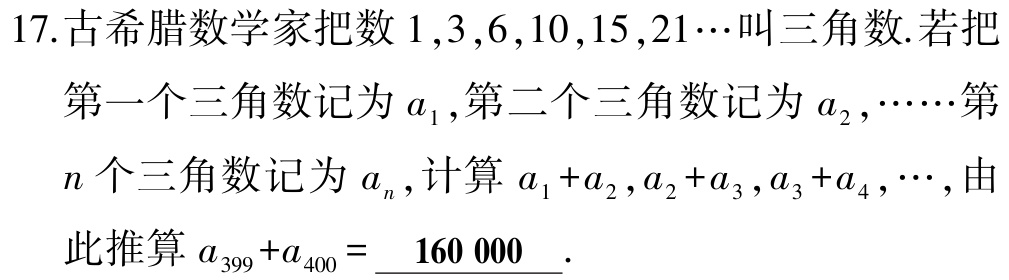
17.古希腊数学家把数\(1,3,6,10,15,21\cdots\)叫三角数.若把

第一个三角数记为\(a_{1}\),第二个三角数记为\(a_{2},\cdots\cdots\)第

\(n\)个三角数记为\(a_{n}\),计算\(a_{1}+a_{2},a_{2}+a_{3},a_{3}+a_{4},\cdots\),由

此推算\(a_{399}+a_{400}=\underline{\ 160\ 000\ }\).